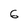
Character: 6